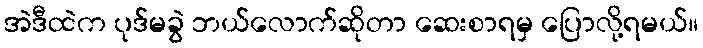
အဲဒီထဲက ပုဒ်မခွဲ ဘယ်လောက်ဆိုတာ ဆေးစာရမှ ပြောလို့ရမယ်။